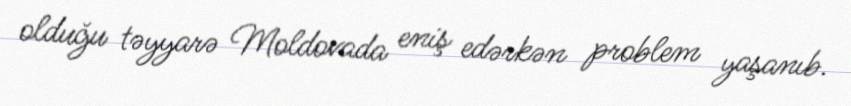
olduğu təyyarə Moldovada eniş edərkən problem yaşanıb.